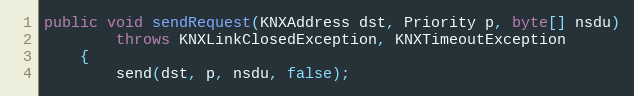
Language: Java
public void sendRequest(KNXAddress dst, Priority p, byte[] nsdu)
		throws KNXLinkClosedException, KNXTimeoutException
	{
		send(dst, p, nsdu, false);